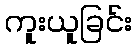
ကူးယူခြင်း